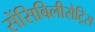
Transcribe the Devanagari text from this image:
सेंसिबिलीसेट्रिस